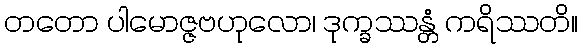
တတော ပါမောဇ္ဇဗဟုလော၊ ဒုက္ခဿန္တံ ကရိဿတိ။